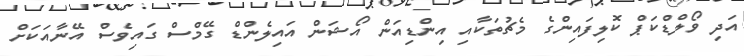
އަދި ވޯލްޑްކަޕް ކޮލިފައިންގެ މެޗުތަކާއި އިންޑިއަން އޯޝަން އައިލެންޑް ގޭމްސް ގައިވެސް އޭނާއަކަށް